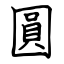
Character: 圓